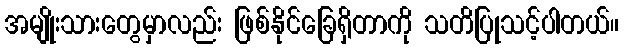
အမျိုးသားတွေမှာလည်း ဖြစ်နိုင်ခြေရှိတာကို သတိပြုသင့်ပါတယ်။